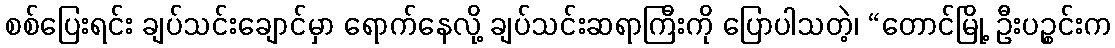
စစ်ပြေးရင်း ချပ်သင်းချောင်မှာ ရောက်နေလို့ ချပ်သင်းဆရာကြီးကို ပြောပါသတဲ့၊ “တောင်မြို့ ဦးပဉ္စင်းက